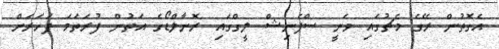
އެގޮތުން ރޭގެ މެޗުގައި ވަނީ ސްޕެނިޝް ލީގްގައި ރޮނާލްޑޯގެ އަތުން ފުރަތަމަ ފަހަރަށް